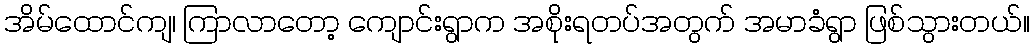
အိမ်ထောင်ကျ၊ ကြာလာတော့ ကျောင်းရွာက အစိုးရတပ်အတွက် အမာခံရွာ ဖြစ်သွားတယ်။